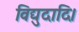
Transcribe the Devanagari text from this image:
विद्युदादि।